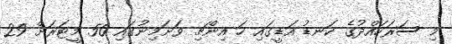
މި ސަރަހައްދުގެ ކަނޑު އަޑީގައި ހަ އިންޗި ވަށަމިނުގައި 50 މީޓަރަށް 29